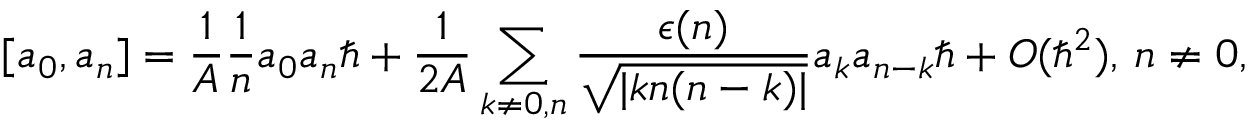
[ a _ { 0 } , a _ { n } ] = { \frac { 1 } { A } } { \frac { 1 } { n } } a _ { 0 } a _ { n } \hbar + { \frac { 1 } { 2 A } } \sum _ { k \ne 0 , n } { \frac { \epsilon ( n ) } { \sqrt { | k n ( n - k ) | } } } a _ { k } a _ { n - k } \hbar + O ( \hbar ^ { 2 } ) , \, n \ne 0 ,